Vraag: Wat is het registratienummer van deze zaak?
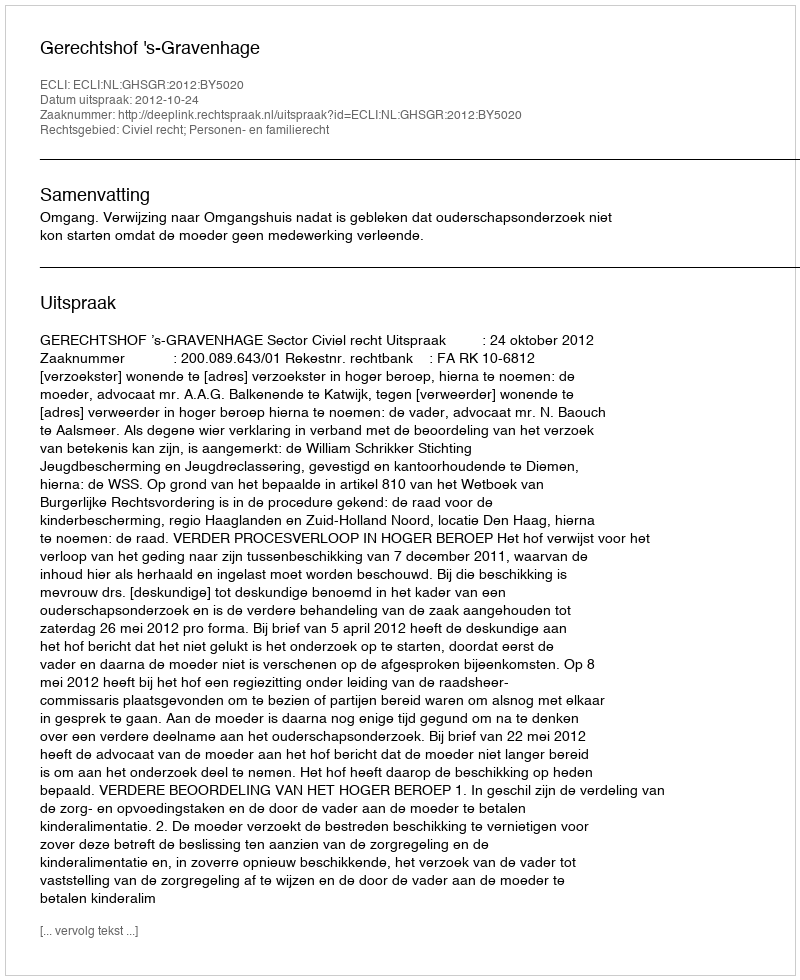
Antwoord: http://deeplink.rechtspraak.nl/uitspraak?id=ECLI:NL:GHSGR:2012:BY5020